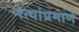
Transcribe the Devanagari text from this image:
नेत्यांप्रमाणे